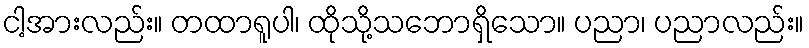
ငါ့အားလည်း။ တထာရူပါ၊ ထိုသို့သဘောရှိသော။ ပညာ၊ ပညာလည်း။